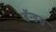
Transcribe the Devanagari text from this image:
ब्रॅन्डस